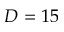
D = 1 5